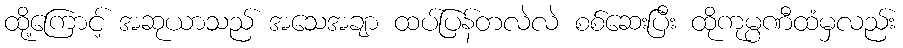
ထို့ကြောင့် အဆုယာသည် အသေအချာ ထပ်ပြန်တလဲလဲ စစ်ဆေးပြီး ထိုကုမ္ပဏီထံမှလည်း